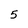
Character: 5